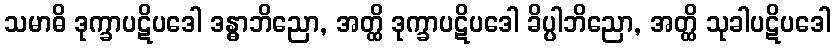
သမာဓိ ဒုက္ခာပဋိပဒေါ ဒန္ဓာဘိညော, အတ္ထိ ဒုက္ခာပဋိပဒေါ ခိပ္ပါဘိညော, အတ္ထိ သုခါပဋိပဒေါ